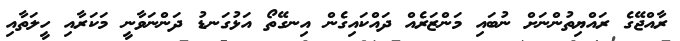
ރާއްޖޭގެ ރައްޔިތުންނަށް ނުބައި މަންޒަރެއް ދައްކައިގެން އިނގޭތޯ އަޅުގަނޑު ދަންނަވާނީ މަކަރާއި ހީލަތާއި